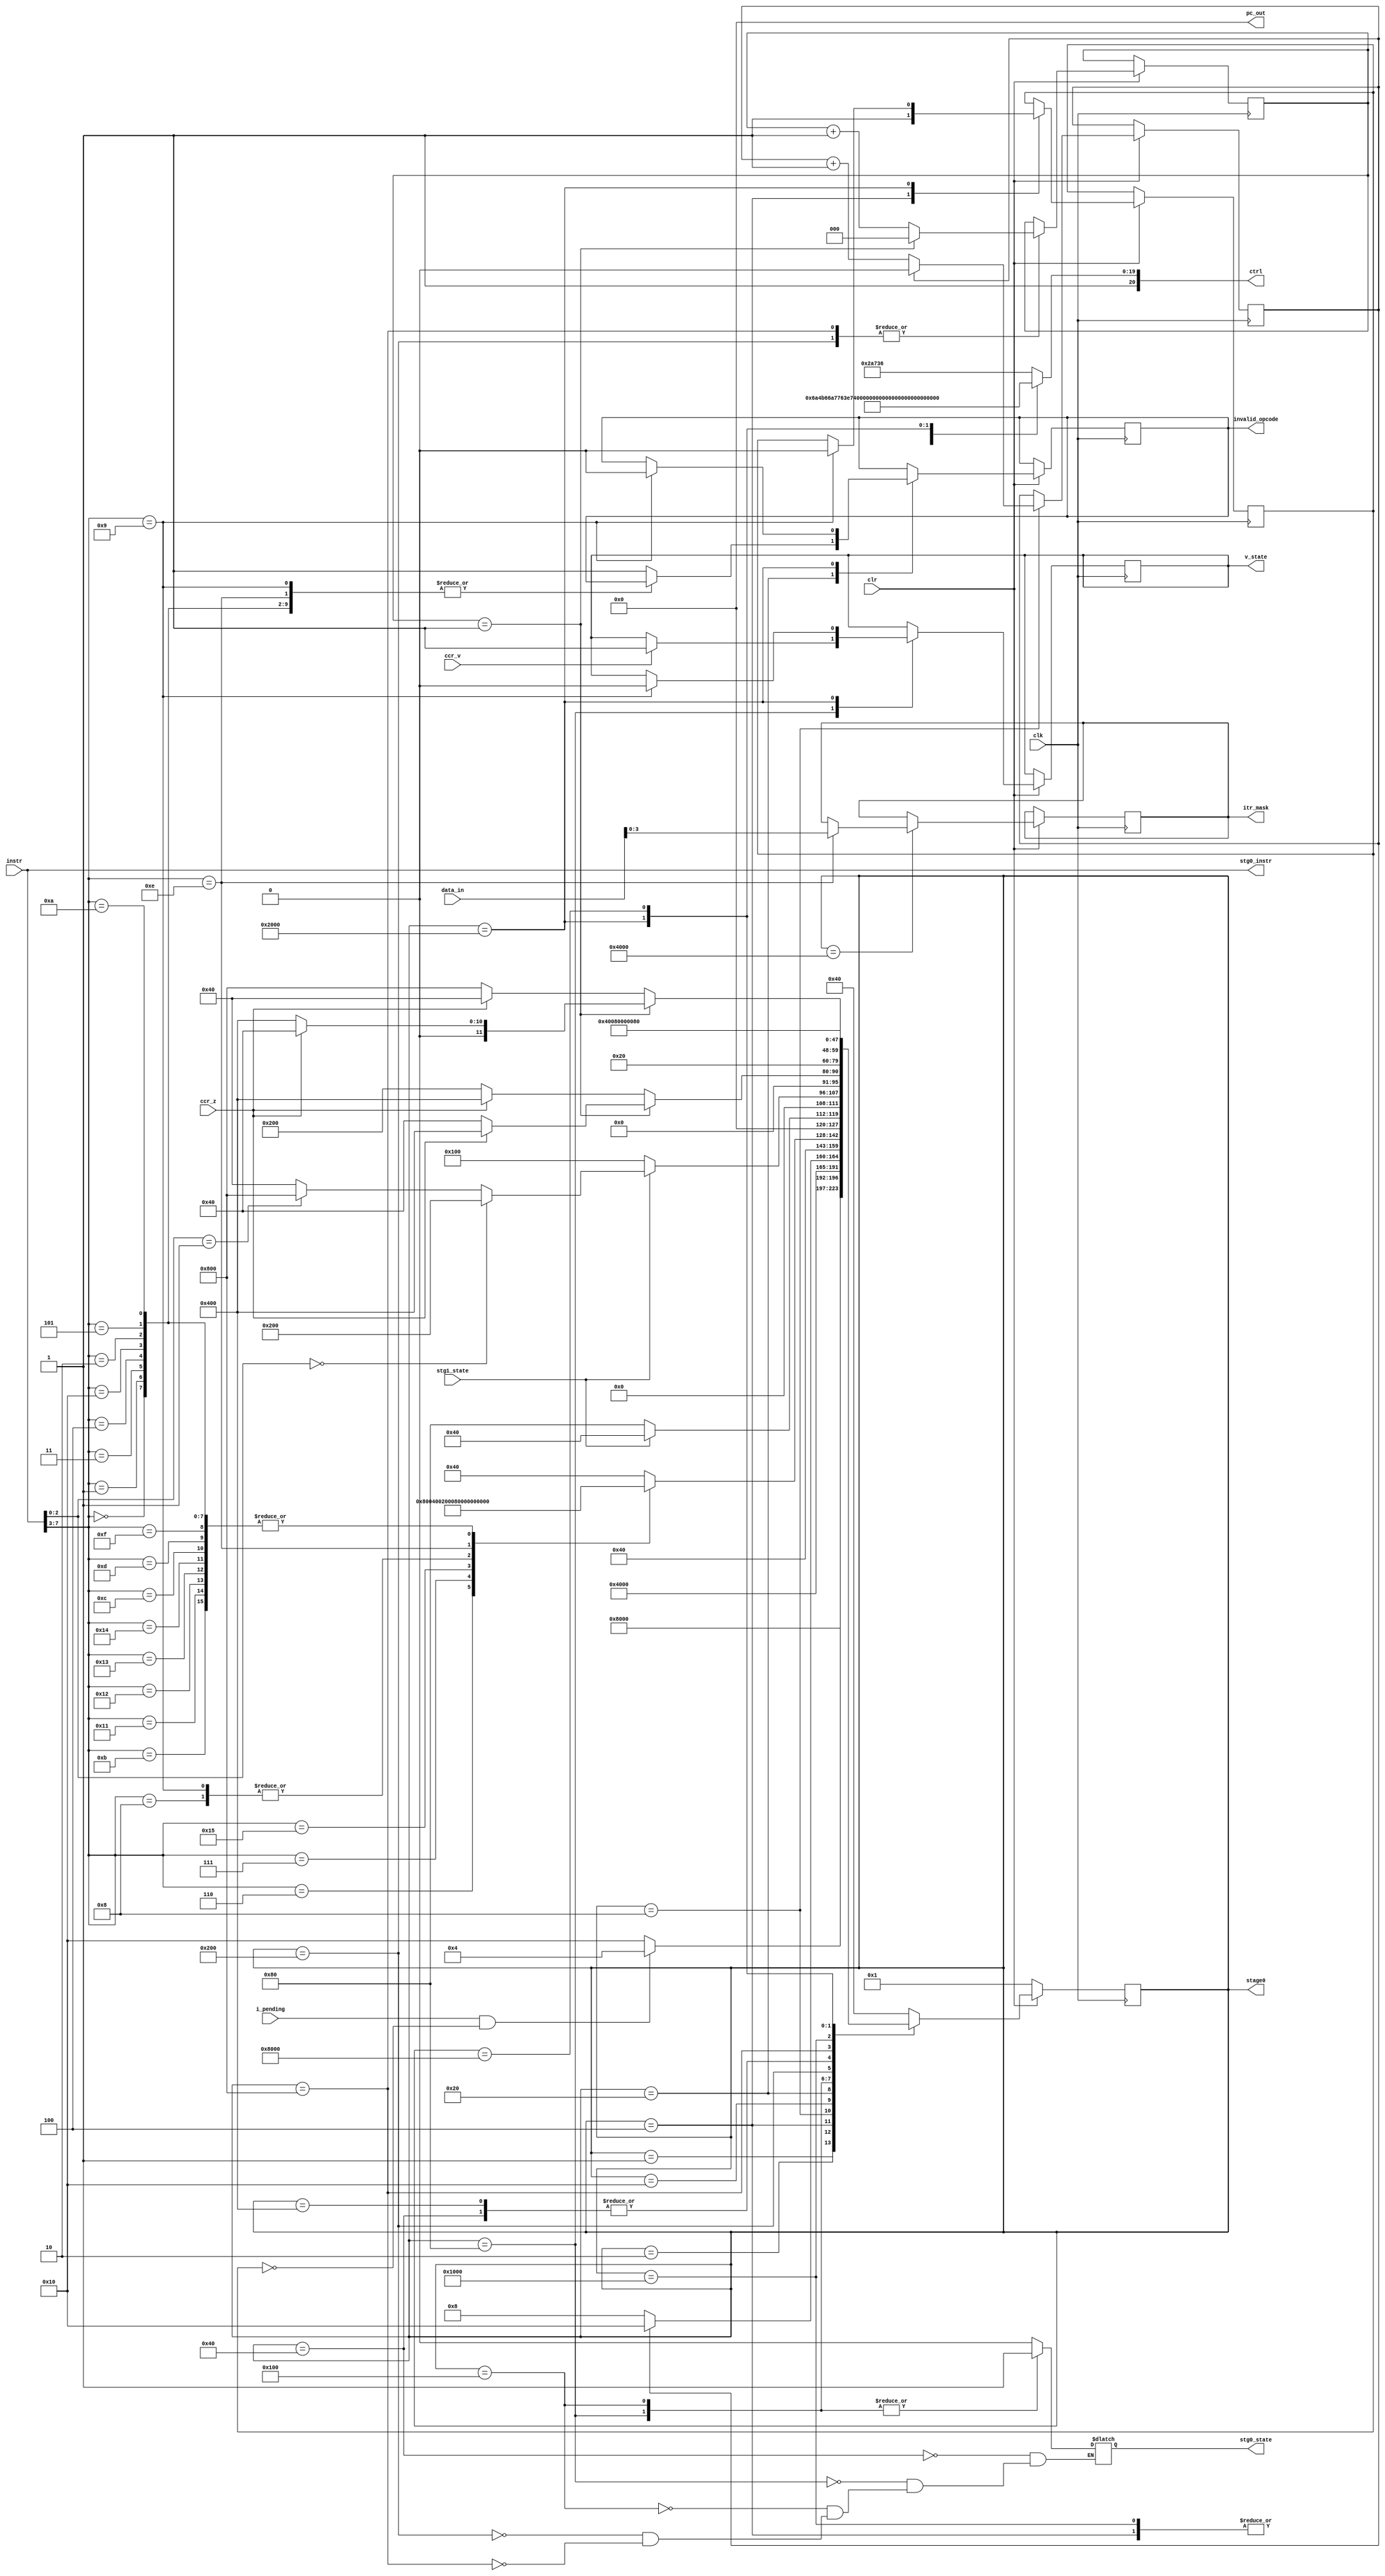
`timescale 1ns / 1ps
//////////////////////////////////////////////////////////////////////////////////
// Alex Hendren
// Sean McFeely
// EE480 - Spring 2013 - Heath
// Accumulator Based Processor
//
// Controller Unit 0
//
// Moore Model Finite State Machine (FSM) implements control of stage 0 of the
// accumulator processor. 
// 
//////////////////////////////////////////////////////////////////////////////////
module stage0(clk, clr, instr, data_in, i_pending, ccr_z, ccr_v, stg1_state, 
					stg0_state, ctrl, pc_out, itr_mask, stage0, stg0_instr, v_state,
					invalid_opcode);
	//Inputs
	input clk, clr;
	input ccr_z;				//Condition Code Register Z - Zero Flag (For Branch)
	input ccr_v;				//Identify overflow and hold value while spinning
	input i_pending;			//Pending interrupt signal sent from MHVPIS
	//input [7:0] data;			//Contents of IR0_0 - Data Register
	input [7:0] instr;		//Contents of IR0_0 - Instruction Register
	input stg1_state;			//Handshake control line - Stage 1 interface
	input [7:0] data_in;		//Contents of IR1_0 - Operand Register
	
	//Outputs
	output reg stg0_state;		//Handshake control line - Stage 0 (this unit) status
	output reg [7:0] pc_out;	//Used to set PC address
	output reg [20:0] ctrl; 	//21 bit control line - control and select points
	
	output reg [15:0] stage0; 	//Current Controller state
	output [7:0] stg0_instr;
	output reg [3:0] itr_mask;	//Output ITR mask
	output reg v_state;
	output reg invalid_opcode; //Flag for bad opcode discovered in valid block (T5)
	
	wire [7:0] stg0_instr_w;
	assign stg0_instr_w = instr;
	assign stg0_instr = stg0_instr_w;
	
	//Define Stage 0 state parameters
	parameter T0 =  16'b0000000000000001;  
	parameter T1 =  16'b0000000000000010; //Logic States   
	parameter T2 =  16'b0000000000000100;  
	parameter T3 =  16'b0000000000001000;  
	parameter T4 =  16'b0000000000010000;  
	parameter T5 =  16'b0000000000100000; //Logic States  
	parameter T6 =  16'b0000000001000000;  
	parameter T7 =  16'b0000000010000000; //Logic States  
	parameter T8 =  16'b0000000100000000; //Logic States   
	parameter T9 =  16'b0000001000000000; //Logic States   
	parameter T10 = 16'b0000010000000000; 
	parameter T11 = 16'b0000100000000000; //Logic States  
	parameter T12 = 16'b0001000000000000; 
	parameter T13 = 16'b0010000000000000; 
	parameter T14 = 16'b0100000000000000;
	parameter T15 = 16'b1000000000000000;
	
	//Define Stage 0 control points
	parameter CP0=21'b101101010010010110110;
	parameter CP1=21'b100101010011100110110;
	parameter CP2=21'b100101010011100100100;
	parameter CP3=21'b101101010011101110110;
	parameter CP4=21'b100111110011100110110;
	parameter CP5=21'b100101010011100110110;
	parameter CP6=21'b110101010011100110110;
	parameter CP7=21'b100101010011100110110;
	parameter CP8=21'b100101010011100110110;
	parameter CP9=21'b100101010011100110110;
	parameter CP10=21'b101101010011111110110;
	parameter CP11=21'b100101010011100110110;
	parameter CP12=21'b100101010011100100100;
	parameter CP13=21'b100101010010100101101;
	parameter CP14=21'b100101010011100110110;
	parameter CP15=21'b101101011010100111111;
	
	//Define OPcodes that will be executed by this controller
	parameter BRA  = 5'b00110;
	parameter JMP  = 5'b00111;
	parameter BSR  = 5'b10101;
	parameter RTS  = 5'b01000;
	parameter RTI  = 5'b01001;
	parameter LMSK = 5'b01110;
	
	//Define all other opcodes
	parameter opADD  = 5'b00000; 
	parameter opSUB  = 5'b00001;
	parameter opOR	  = 5'b00011;
	parameter opAND  = 5'b00100;
	parameter opCOMP = 5'b10000;
	parameter opMULDIV = 5'b00010;
	parameter opSHFT = 5'b00101;
	parameter opLOAD = 5'b01010;
	parameter opSTOR = 5'b01011;
	parameter opLDA  = 5'b10001;
	parameter opSTA  = 5'b10010;
	parameter opLDB  = 5'b10011;
	parameter opSTB  = 5'b10100;
	parameter opINPUT = 5'b01100;
	parameter opOUTPUT = 5'b01101;
	parameter opNOP  = 5'b01111;
	
	//Define flags
	parameter BEQ = 3'b000; //BRA - If Equal
	parameter BNE = 3'b001; //BRA - If Not Equal
	
	//Control Flags
	reg [2:0] bra_loop; //Branch Wait Flag
	reg itr_state; //1: Handling Interrupt 0: No ITR
	reg itr_pc_loop;
	
	initial begin
		pc_out <= 8'b00000000;
		bra_loop <= 3'b000;
		itr_state <= 1'b0;
		itr_pc_loop <= 1'b0;
		v_state <= 1'b0;
		invalid_opcode <= 1'b0;
	end
	
	always @ (posedge clk) begin
		if(clr==1'b0) begin
			stage0 <= T0;
		end
		else begin 
			case(stage0) 
			T0: stage0 <= T4;
			T1: if((i_pending==1'b1)&&(itr_state==1'b0)) begin stage0 <= T2; end
				 else begin stage0 <= T4; end
			T2: begin
					stage0 <= T3;
					itr_state <= 1'b1;
				 end
			T3: if(itr_pc_loop==1'b1) begin
					stage0 <= T4;
					itr_pc_loop <= 1'b0;
				 end
				 else begin
					itr_pc_loop <= (itr_pc_loop + 1);
					stage0 <= T3;
				 end
			T4: stage0 <= T5;
			T5: case(instr[7:3]) //Determine next state
						BRA: stage0 <= T8;
						JMP: stage0 <= T10;
						BSR: stage0 <= T12;
						RTS: stage0 <= T13;
						RTI: stage0 <= T13;
						LMSK: stage0 <= T14;
						opADD: stage0 <= T7;
						opSUB: stage0 <= T7;
						opOR: stage0 <= T7;
						opAND: stage0 <= T7;
						opCOMP: stage0 <= T7;
						opMULDIV: stage0 <= T7;
						opSHFT: stage0 <= T7;
						opLOAD: stage0 <= T7;
						opSTOR: stage0 <= T7;
						opLDA: stage0 <= T7;
						opSTA: stage0 <= T7;
						opLDB: stage0 <= T7;
						opSTB: stage0 <= T7;
						opINPUT: stage0 <= T7;
						opOUTPUT: stage0 <= T7;
						opNOP: stage0 <= T7;
						default: begin
							stage0 <= T6;
							invalid_opcode <= 1'b1;
						end
					endcase
			T6: stage0 <= T1;
			T7: begin 
					 if(stg1_state==1'b1) begin 	//Stage1 Handshake				
						stage0 <= T6; 				//Restart Fetch Cycle
					 end else begin stage0 <= T7; end	//Wait for Stage1 Handshake
					 if(ccr_v==1'b1) begin v_state <= 1'b1; end
				 end
			T8: begin
						//stg0_state <= 1'b1;				//Start Stage1
						if(stg1_state==1'b1) begin		//Continue Branch
							if(instr[2:0]==BEQ) begin stage0 <= T9; end
							else if (instr[2:0]==BNE) begin stage0 <= T11; end
							else begin stage0 <= T6; end
						end else begin
							stage0 <= T8;					//Wait for stage1 Handshake
						end
					end
			T9: if(bra_loop==3'b001) begin
					if(ccr_z==1'b1) begin stage0 <= T10; end 	//Branch
					else begin stage0 <= T6; end
					bra_loop <= 3'b000;
				 end else begin 
					if(ccr_z==1'b1) begin stage0 <= T10; end 	//Branch
					else begin stage0 <= T9; end
					bra_loop <= (bra_loop + 1);
				 end
				 
			T10: stage0 <= T1; 		
			T11:if(bra_loop==3'b001) begin 
					if(ccr_z==1'b0) begin stage0 <= T10; end //Branch
					else begin stage0 <= T6; end
					bra_loop <= 3'b000;
				 end else begin 
					if(ccr_z==1'b1) begin stage0 <= T6; end //Branch
					else begin stage0 <= T11; end
					bra_loop <= (bra_loop + 1);
				end
			T12: stage0 <= T10;
			T13: if(instr[7:3]==RTI) begin
					itr_state <= 1'b0;
					v_state <= 1'b0;
					invalid_opcode <= 1'b0;
					stage0 <= T15;
				  end else begin 
					stage0 <= T15;
				  end
			T14: begin 
					stage0 <= T6;
					if(instr[7:3]==LMSK) begin	itr_mask <= data_in[3:0]; end
				  end
			T15: stage0 <= T7;
			default: stage0 <= T6;
			endcase 
		end
	end
	
	always @ (stage0) begin
		case(stage0) 
			T0: ctrl <= CP0;
			T1: ctrl <= CP1;
			T2: ctrl <= CP2;
			T3: ctrl <= CP3;
			T4: ctrl <= CP4;
			T5: ctrl <= CP5;
			T6: begin
					ctrl <= CP6;
					stg0_state <= 1'b0;
				 end
			T7: begin
				ctrl <= CP7;
				stg0_state <= 1'b1; 		//Stage0 Finished
				end
			T8: begin
				ctrl <= CP8;
				stg0_state <= 1'b1; 		//Stage0 Finished
				end
			T9: begin
					ctrl <= CP9;
					stg0_state <= 1'b0;
				 end
			T10: ctrl <= CP10;
			T11: begin
					ctrl <= CP11;
					stg0_state <= 1'b0;
				 end
			T12: ctrl <= CP12;
			T13: ctrl <= CP13;
			T14: ctrl <= CP14;
			T15: ctrl <= CP15;
			default: ctrl <= CP1;
		endcase
	end
	
endmodule